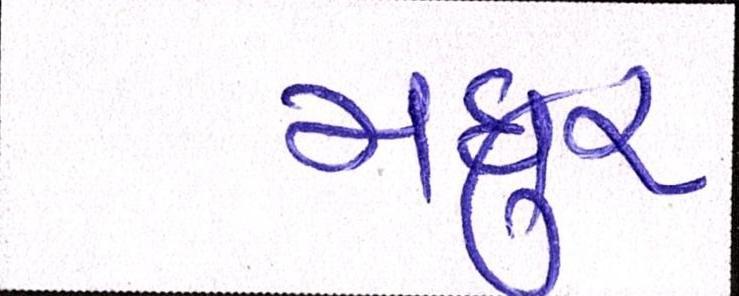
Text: મધુર